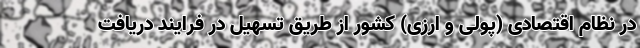
در نظام اقتصادی (پولی و ارزی) کشور از طریق تسهیل در فرایند دریافت